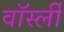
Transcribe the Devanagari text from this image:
वॉर्स्ली